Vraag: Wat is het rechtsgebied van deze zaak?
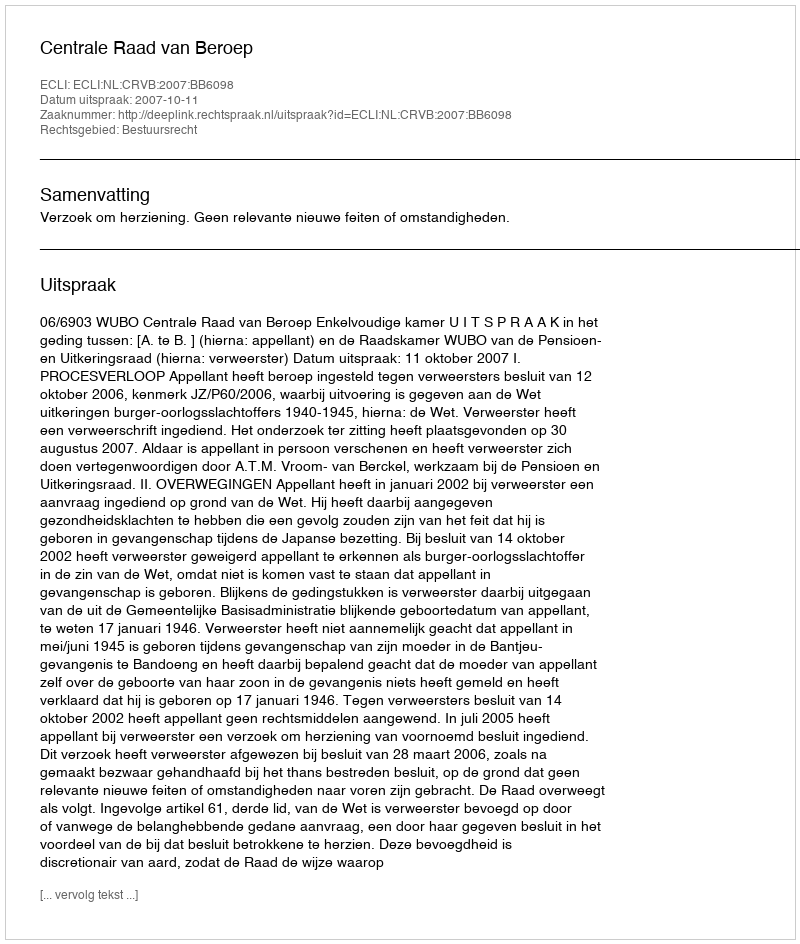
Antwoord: Bestuursrecht